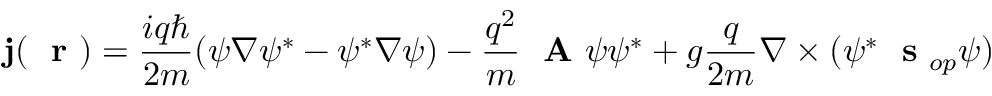
{ \bf j } ( \mathrm { ~ \bf ~ r ~ } ) = \frac { i q \hbar } { 2 m } ( \psi \nabla \psi ^ { * } - \psi ^ { * } \nabla \psi ) - \frac { q ^ { 2 } } { m } \mathrm { ~ \bf ~ A ~ } \psi \psi ^ { * } + g \frac { q } { 2 m } \nabla \times ( \psi ^ { * } \mathrm { ~ \bf ~ s ~ } _ { o p } \psi )